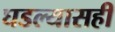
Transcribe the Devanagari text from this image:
घडल्यासही